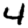
Digit: 4